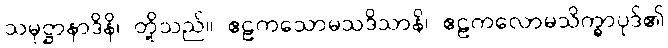
သမုဋ္ဌာနာဒိနိ၊ တို့သည်။ ဧဠကသောမသဒိသာနိ၊ ဧဠကလောမသိက္ခာပုဒ်၏